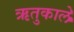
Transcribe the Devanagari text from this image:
ऋतुकाले